Medical and sanitary report of the native army of Madras for the year
Year: 1876
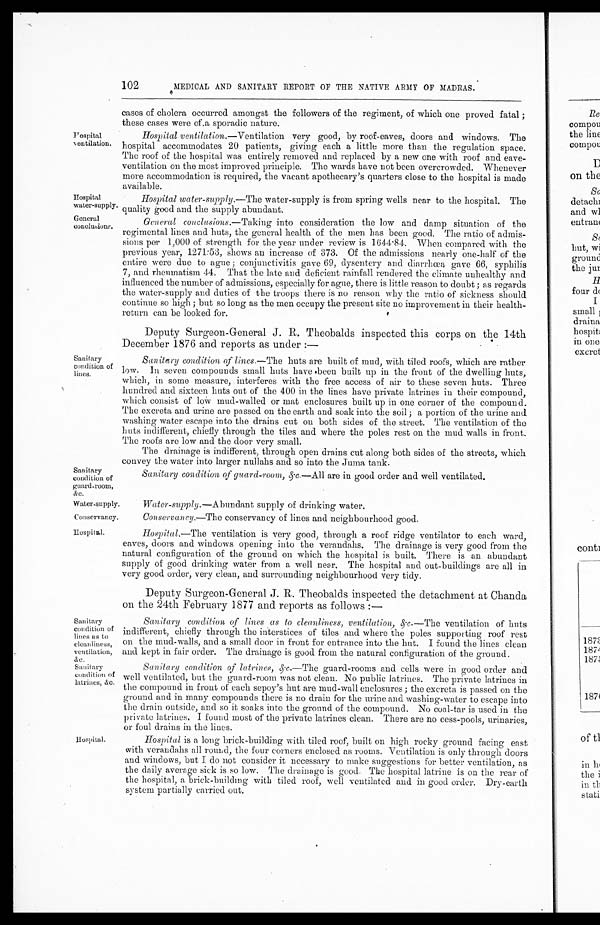
Hospital
water-supply.
Goneral
conclusions.
Water-supply.
Conservancy.
Sanitary
condition of
lines us to
cleanliness,
ventilation,
&c.
Sanitary
condition of
latrines, &c.
102
MEDICAL AND SANITARY REPORT OF THE NATIVE ARMY OF MADRAS.
Hospital
cases of cholera occurred amongst the followers of the regiment, of which one proved fatal;
these cases were of a sporadic nature.
Hospital ventilation .—Ventilation very good, by roof-eaves, doors and windows. The
hospital accommodates 20 patients, giving each a little more than the regulation space.
The roof of the hospital was entirely removed and replaced by a new one with roof and eave
-ventilation on the most improved principle. The wards have not been overcrowded. Whenever
more accommodation is required, the vacant apothecary's quarters close to the hospital is made
available.
Sanitary
condition of
lines.
Sanitary
condition of
guard-room,
&c.
Hospital water-supply.— The water-supply is from spring wells near to the hospital. The
quality good and the supply abundant.
General conclusions.— Taking into consideration the low and damp situation of the
regimental lines and huts, the general health of the men has been good. The ratio of admis
-sions per 1,000 of strength for the year under review is 1644.84. When compared with the
previous year, 1271.53, shows an increase of 373. Of the admissions nearly one-half of the
entire were due to ague; conjunctivitis gave 69, dysentery and diarrhœa gave 66, syphilis
7, and rheumatism 44. That the late and deficient rainfall rendered the climate unhealthy and
influenced the number of admissions, especially for ague, there is little reason to doubt; as regards
the water-supply and duties of the troops there is no reason why the ratio of sickness should
continue so high; but so long as the men occupy the present site no improvement in their health
-return can be looked for.
Deputy Surgeon-General J.R. Theobalds inspected this corps on the 14th
December 1876 and reports as under:—
Sanitary condition of lines.— The huts are built of mud, with tiled roofs, which are rather
low. In seven compounds small huts have been built up in the front of the dwelling huts,
which, in some measure, interferes with the free access of air to these seven huts. Three
hundred and sixteen huts out of the 400 in the lines have private latrines in their compound,
which consist of low mud-walled or mat enclosures built up in one corner of the compound.
The excreta and urine are passed on the earth and soak into the soil; a portion of the urine and
washing water escape into the drains cut on both sides of the street. The ventilation of the
huts indifferent, chiefly through the tiles and where the poles rest on the mud walls in front.
The roofs are low and the door very small.
The drainage is indifferent, through open drains cut along both sides of the streets, which
convey the water into larger nullahs and so into the Juma tank.
Sanitary condition of guard-room, &c.—All are in good order and well ventilated.
Water-supply.— Abundant supply of drinking water.
Conservancy.—The conservancy of lines and neighbourhood good.
Hospital.
Hospital.
Hospital.— The ventilation is very good, through a roof ridge ventilator to each ward,
eaves, doors and windows opening into the verandahs. The drainage is very good from the
natural configuration of the ground on which the hospital is built. There is an abundant
supply of good drinking water from a well near. The hospital and out-buildings are all in
very good order, very clean, and surrounding neighbourhood very tidy.
Deputy Surgeon-General J.R. Theobalds inspected the detachment at Chanda
on the 24th February 1877 and reports as follows:—
Sanitary condition of lines as to cleanliness, ventilation, &c.—T h e
v e n t i l a t i o n o f h u t s
indifferent, chiefly through the interstices of tiles and where the poles supporting roof rest
on the mud-walls, and a small door in front for entrance into the hut. I found the lines clean
and kept in fair order. The drainage is good from the natural configuration of the ground.
Sanitary condition of latrines, &c.—The guard-rooms and cells were in good order and
well ventilated, but the guard-room was not clean. No public latrines. The private latrines in
the compound in front of each sepoy's hut are mud-wall enclosures; the excreta is passed on the
ground and in many compounds there is no drain for the urine and washing-water to escape into
the drain outside, and so it soaks into the ground of the compound. No coal-tar is used in the
private latrines. I found most of the private latrines clean. There are no cess-pools, urinaries,
or foul drains in the lines.
Hospital is a long brick-building with tiled roof, built on high rocky ground facing east
with verandahs all round, the four corners enclosed as rooms. Ventilation is only through doors
and windows, but I do not consider it necessary to make suggestions for better ventilation, as
the daily average sick is so low. The drainage is good. The hospital latrine is on the rear of
the hospital, a brick-building with tiled roof, well ventilated and in good order. Dry-earth
system partially carried out.